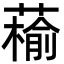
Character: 䕆